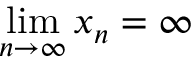
\operatorname* { l i m } _ { n \to \infty } x _ { n } = \infty